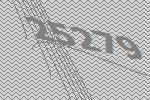
25279